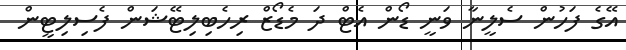
އޭގެ ފަހުން ސެލީނާ ވަނީ ޑޯން އެޓް ދަ މެޑޯޒް ރިހެބިލިޓޭޝަން ފެސިލިޓީން